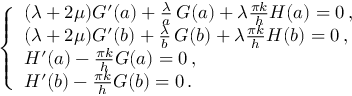
\left\{ \begin{array} { l l } { ( \lambda + 2 \mu ) G ^ { \prime } ( a ) + \frac { \lambda } { a } \, G ( a ) + \lambda \frac { \pi k } { h } H ( a ) = 0 \, , } \\ { ( \lambda + 2 \mu ) G ^ { \prime } ( b ) + \frac { \lambda } { b } \, G ( b ) + \lambda \frac { \pi k } { h } H ( b ) = 0 \, , } \\ { H ^ { \prime } ( a ) - \frac { \pi k } { h } G ( a ) = 0 \, , } \\ { H ^ { \prime } ( b ) - \frac { \pi k } { h } G ( b ) = 0 \, . } \end{array} \right.